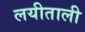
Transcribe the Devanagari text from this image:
लयीताली